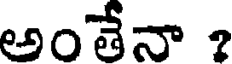
అంతేనా ?